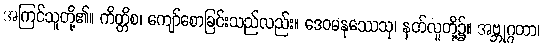
အကြင်သူတို့၏။ ကိတ္တိစ၊ ကျော်စောခြင်းသည်လည်း။ ဒေဝမနုဿေသု၊ နတ်လူတို့၌။ အဗ္ဘုဂ္ဂတာ၊